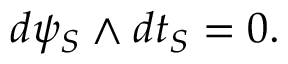
d \psi _ { S } \wedge d t _ { S } = 0 .